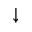
\downarrow